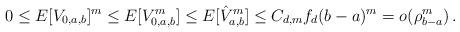
LaTeX: \begin{align*}0 \le E[V_{0,a,b}]^m \le E[V_{0,a,b}^m] \le E[\hat{V}_{a,b}^m] \le C_{d,m} f_d(b-a)^{m} = o (\rho_{b-a}^m)\,.\end{align*}